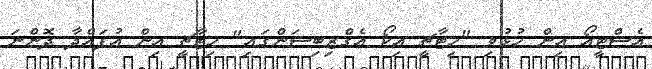
އެސްޓީއޯ އިން ހުޅުވި "ހިޓާޗީ އިކޯ އެގްޒިބިޝަންގައި" ހިޓާޗީ އިން އުފައްދާ ދޮންނަ